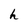
Character: h